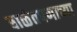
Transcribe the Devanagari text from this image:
बाळंतपणाच्या